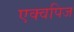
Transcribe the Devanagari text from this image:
एक्वपिज